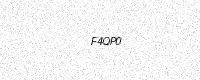
Text: F4QP0